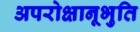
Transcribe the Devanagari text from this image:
अपरोक्षानूभुति